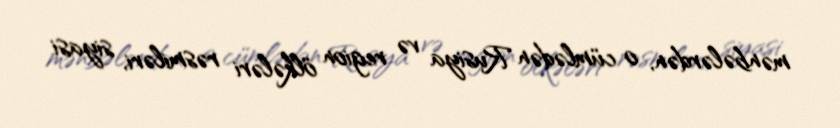
mənbələrdən, o cümlədən Rusiya və region ölkələri rəsmiləri, siyasi